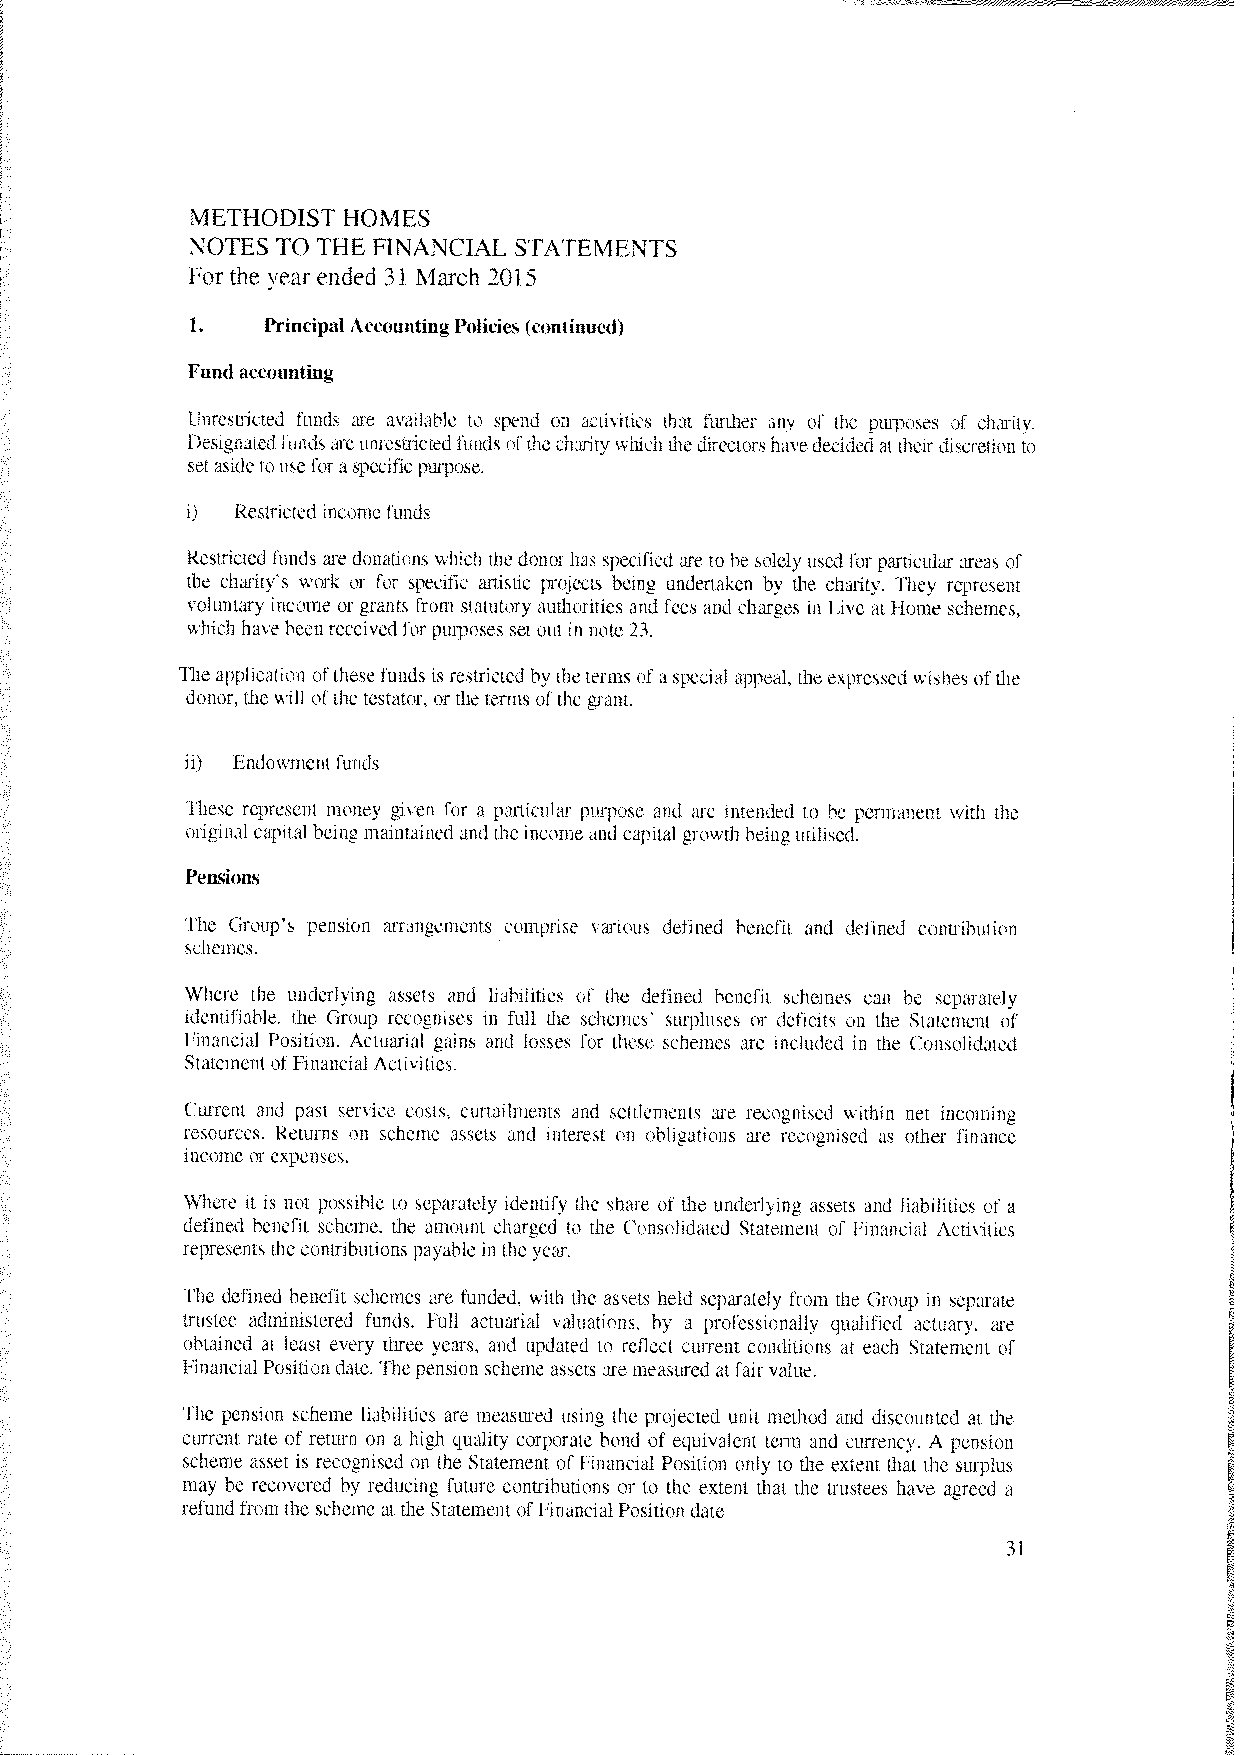
METHODIST HOMES
 NOTES TO THE FINANCIAL STATEMENTS
 For the year ended 31 March 2015
 1.   PrincipalAccounting Policies (continued)
 Fund accounting
 Unrestricted funds are asailable to spend on activities that further any of the purposes of charity,
 Designated funds are unrestricted hinds ofthe charity which thedirectors havedecided at their discretion to
 set aside to usefor a specific purpose.
 Restricted incorlie funds
 Restricted funds are donations which the donor has specified are to he solely used for particular areas of
 the charity’s work or for specific artistic projects being undertaken by the charity. They represent
 ioluntary income or grants from statutory authorities and fees and charges in Liye at Home schemes,
 which have been recei’ed for purposes set out in note 23.
 The application ofthese funds is restricted by the terms of a special appeal. the expressed wishes ofthe
 donor, the will ofthe testater. or the terms ofthe grant.
 iii Endowment funds
 ihese represent money given for a particular purpose and are intended to he permanent whit the
 original capital being maintained and theincome and capital growth being utilised.
 Pensions
 The Groups pension arrangements comprise various defined benefit and defined contribution
 schemes.
 Where the underlying assets and liabilities of the defined benefit schemes can he separately
 identifiable, the Group recognises in full the schemes’ surpluses or deficits on the Statement of
 I inancial Position. Actuarial gains and losses for these schemes are included in the Consolidated
 Statement ofFinancial Activities.
 (‘urrent and past service costs. curtailments and settlements are recognised within net incoming
 resources. Returns on scheme assets and interest on obligations are recognised as other finance
 income or expenses.
 Where it is not possible to separately identify the share of the underlying assets and liabilities of a
 defined benefit scheme, the amount charged to the Consolidated Statement of Financial Activities
 represents the contributions payable in the year.
 The defined benefit schemes are funded, with the assets held separately from the Group in separate
 trustee administered funds. Full actuarial saluations. by a professionally qualified actuary. are
 obtained at least esery three years. and updated to reflect current conditions at each Statement of
 Financial Position date. The pension scheme as.sets are measured at fair value.
 The pension scheme liabilities are measured using the projected unit method and discounted at the
 current rate of return on a high quality corporate bond of equivalent term and currency. A pension
 scheme asset is recognised on the Statement of Financial Position only to the extent that the surplus
 may he recovered by reducing future contributions or to the extent that the trustees hare agreed a
 refund from the scheme at the Statement ofFinancial Position date
 31